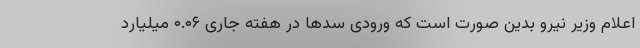
اعلام وزیر نیرو بدین صورت است که ورودی سدها در هفته جاری ۰.۰۶ میلیارد